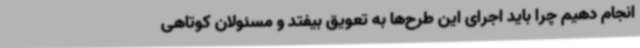
انجام دهیم چرا باید اجرای این طرح‌ها به تعویق بیفتد و مسئولان کوتاهی